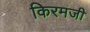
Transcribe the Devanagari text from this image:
किरमजी